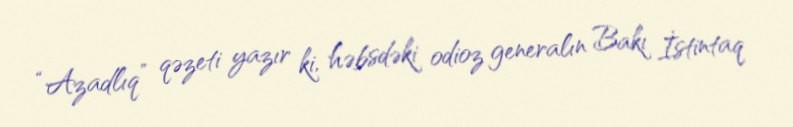
“Azadlıq” qəzeti yazır ki, həbsdəki odioz generalın Bakı İstintaq